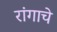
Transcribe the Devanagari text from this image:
रांगाचे